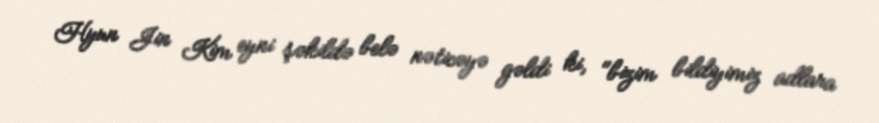
Hyun Jin Kim eyni şəkildə belə nəticəyə gəldi ki, "bizim bildiyimiz adlara